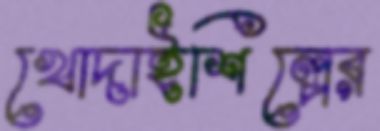
খোদাইশিল্পের